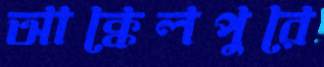
আক্কেলপুরে